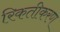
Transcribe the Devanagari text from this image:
रिकतीकरण